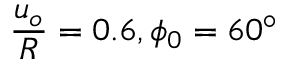
\frac { u _ { o } } { R } = 0 . 6 , \phi _ { 0 } = 6 0 ^ { \circ }